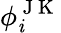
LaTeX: \phi_{\mathit{i}}^{\mathrm{{~J~K~}}}